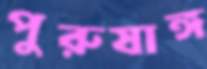
পুরুষাঙ্গ